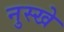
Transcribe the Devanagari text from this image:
नुस्‍खे